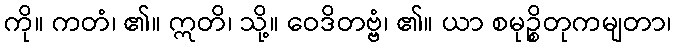
ကို။ ကတံ၊ ၏။ ဣတိ၊ သို့။ ဝေဒိတဗ္ဗံ၊ ၏။ ယာ စမုဉ္စိတုကမျတာ၊